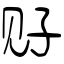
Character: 觃